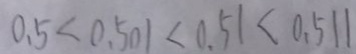
0 . 5 < 0 . 5 0 1 < 0 . 5 1 < 0 . 5 1 1